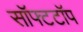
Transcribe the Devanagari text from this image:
सॉफ्टटॉप